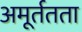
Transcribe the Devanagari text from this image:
अमूर्ततता